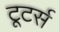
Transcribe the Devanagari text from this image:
टूटर्स